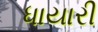
ધાયારી